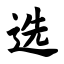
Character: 选